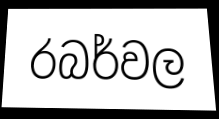
රබර්වල